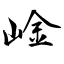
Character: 崯